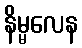
နိမ္မလေန